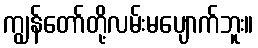
ကျွန်တော်တို့လမ်းမပျောက်ဘူး။